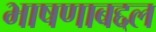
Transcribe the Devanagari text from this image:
भाषणाबद्दल